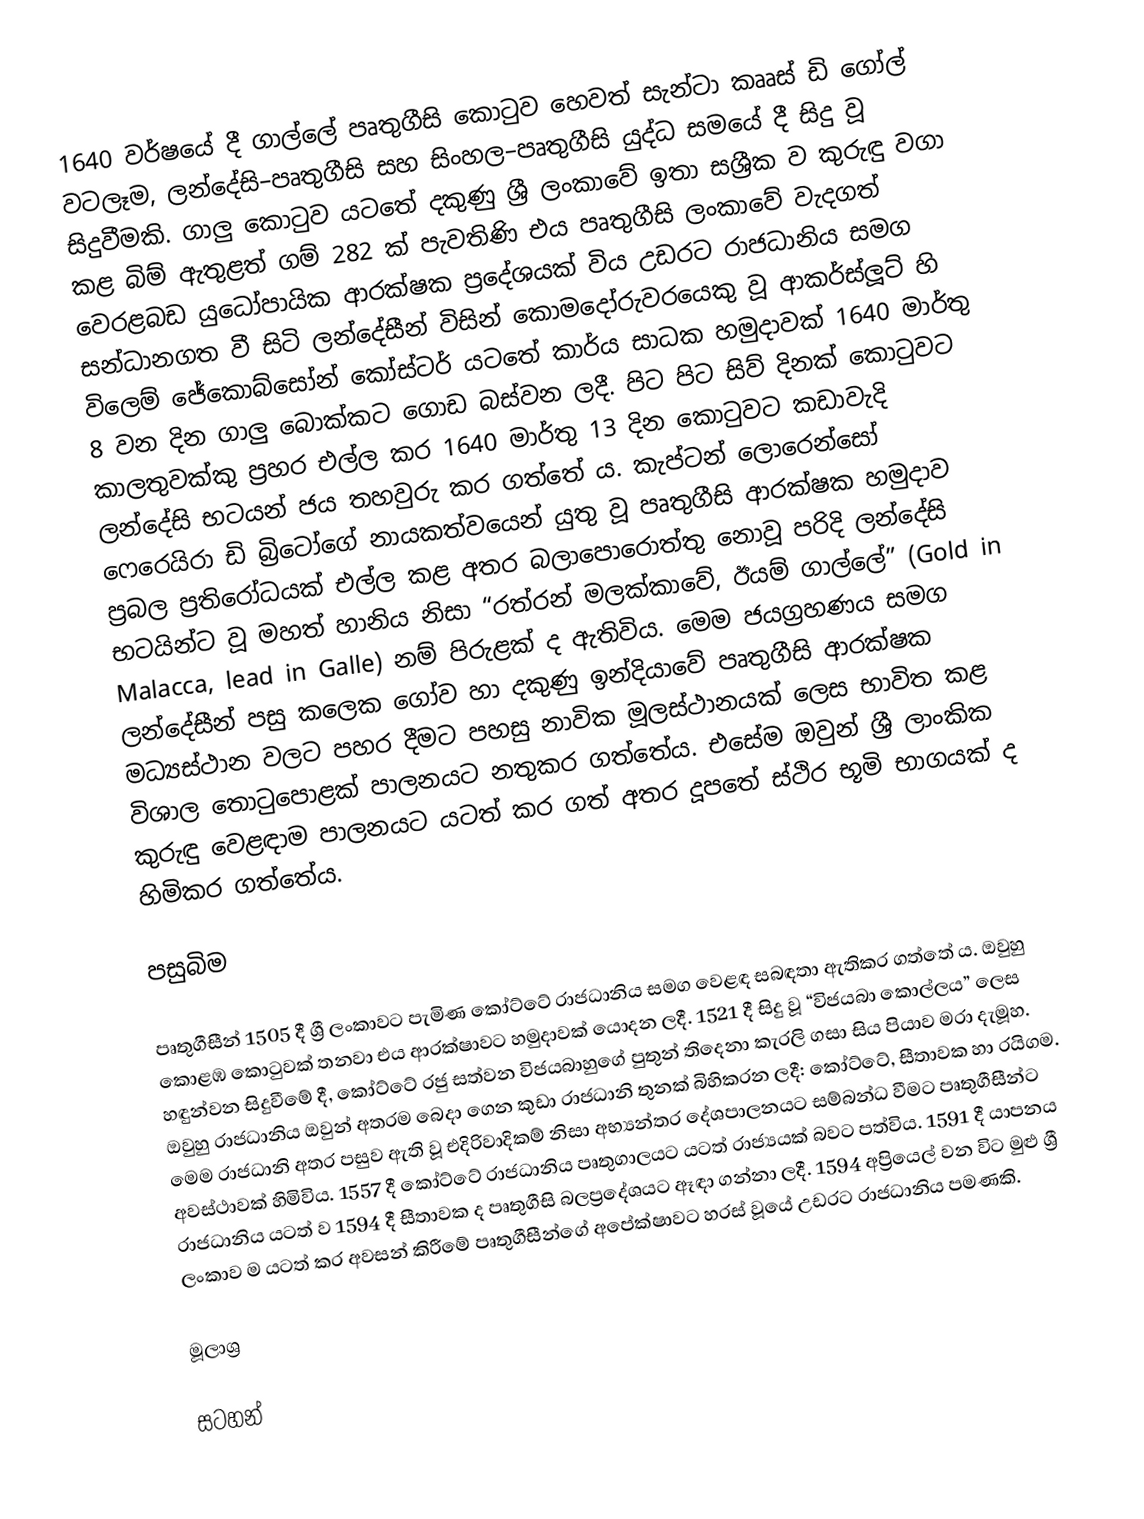
1640 වර්ෂයේ දී ගාල්ලේ පෘතුගීසි කොටුව හෙවත් සැන්ටා කෲස් ඩි ගෝල් වටලෑම, ලන්දේසි–පෘතුගීසි සහ සිංහල–පෘතුගීසි යුද්ධ සමයේ දී සිදු වූ සිදුවීමකි. ගාලු කොටුව යටතේ දකුණු ශ්‍රී ලංකාවේ ඉතා සශ්‍රීක ව කුරුඳු වගා කළ බිම් ඇතුළත් ගම් 282 ක් පැවතිණි එය පෘතුගීසි ලංකාවේ වැදගත් වෙරළබඩ යුධෝපායික ආරක්ෂක ප්‍රදේශයක් විය උඩරට රාජධානිය සමග සන්ධානගත වී සිටි ලන්දේසීන් විසින් කොමදෝරුවරයෙකු වූ ආකර්ස්ලූට් හි විලෙම් ජේකොබ්සෝන් කෝස්ටර් යටතේ කාර්ය සාධක හමුදාවක් 1640 මාර්තු 8 වන දින ගාලු බොක්කට ගොඩ බස්වන ලදී. පිට පිට සිව් දිනක් කොටුවට කාලතුවක්කු ප්‍රහර එල්ල කර 1640 මාර්තු 13 දින කොටුවට කඩාවැදි ලන්දේසි භටයන් ජය තහවුරු කර ගත්තේ ය. කැප්ටන් ලොරෙන්සෝ ෆෙරෙයිරා ඩි බ්‍රිටෝගේ නායකත්වයෙන් යුතු වූ පෘතුගීසි ආරක්ෂක හමුදාව ප්‍රබල ප්‍රතිරෝධයක් එල්ල කළ අතර බලාපොරොත්තු නොවූ පරිදි ලන්දේසි භටයින්ට වූ මහත් හානිය නිසා “රත්රන් මලක්කාවේ, ඊයම් ගාල්ලේ” (Gold in Malacca, lead in Galle) නම් පිරුළක් ද ඇතිවිය. මෙම ජයග්‍රහණය සමග ලන්දේසීන් පසු කලෙක ගෝව හා දකුණු ඉන්දියාවේ පෘතුගීසි ආරක්ෂක මධ්‍යස්ථාන වලට පහර දීමට පහසු නාවික මූලස්ථානයක් ලෙස භාවිත කළ විශාල තොටුපොළක් පාලනයට නතුකර ගත්තේය. එසේම ඔවුන් ශ්‍රී ලාංකික කුරුඳු වෙළඳාම පාලනයට යටත් කර ගත් අතර දූපතේ ස්ථිර භූමි භාගයක් ද හිමිකර ගත්තේය.

පසුබිම

පෘතුගීසීන් 1505 දී ශ්‍රී ලංකාවට පැමිණ කෝට්ටේ රාජධානිය සමග වෙළඳ සබඳතා ඇතිකර ගත්තේ ය. ඔවුහු කොළඹ කොටුවක් තනවා එය ආරක්ෂාවට හමුදාවක් යොදන ලදී. 1521 දී සිදු වූ “විජයබා කොල්ලය” ලෙස හඳුන්වන සිදුවීමේ දී, කෝට්ටේ රජු සත්වන විජයබාහුගේ පුතුන් තිදෙනා කැරලි ගසා සිය පියාව මරා දැමූහ. ඔවුහු රාජධානිය ඔවුන් අතරම බෙදා ගෙන කුඩා රාජධානි තුනක් බිහිකරන ලදී: කෝට්ටේ, සීතාවක හා රයිගම. මෙම රාජධානි අතර පසුව ඇති වූ එදිරිවාදිකම් නිසා අභ්‍යන්තර දේශපාලනයට සම්බන්ධ වීමට පෘතුගීසීන්ට අවස්ථාවක් හිමිවිය. 1557 දී කෝට්ටේ රාජධානිය පෘතුගාලයට යටත් රාජ්‍යයක් බවට පත්විය. 1591 දී යාපනය රාජධානිය යටත් ව 1594 දී සීතාවක ද පෘතුගීසි බලප්‍රදේශයට ඈඳා ගන්නා ලදී. 1594 අප්‍රියෙල් වන විට මුළු ශ්‍රී ලංකාව ම යටත් කර අවසන් කිරීමේ පෘතුගීසීන්ගේ අපේක්ෂාවට හරස් වූයේ උඩරට රාජධානිය පමණකි.

මූලාශ්‍ර

සටහන්